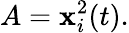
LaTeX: A=\mathbf{x}_{i}^{2}(t).